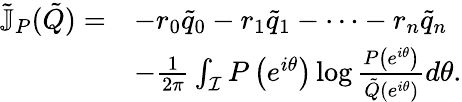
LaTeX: \begin{array}{rl}{\tilde{\mathbb{J}}_{P}(\tilde{Q})=}&{-r_{0}\tilde{q}_{0}-r_{1}\tilde{q}_{1}-\cdots-r_{n}\tilde{q}_{n}}\\ &{-\frac{1}{2\pi}\int_{\mathcal{I}}P\left(e^{i\theta}\right)\log\frac{P\left(e^{i\theta}\right)}{\tilde{Q}\left(e^{i\theta}\right)}d\theta.}\end{array}